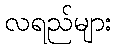
လရည်များ